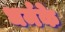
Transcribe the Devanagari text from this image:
धर्मके